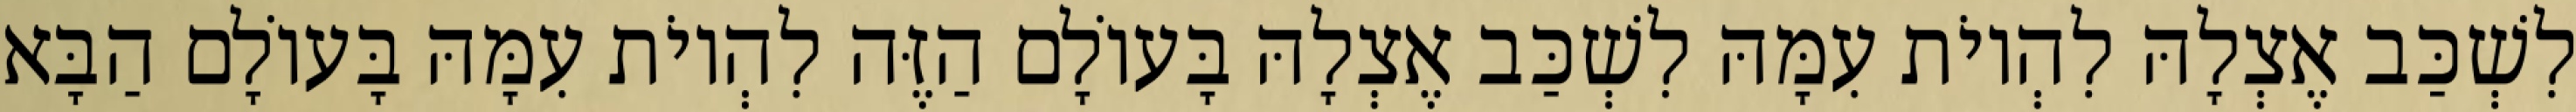
לִשְׁכַּב אֶצְלָהּ לִהְיוֹת עִמָּהּ לִשְׁכַּב אֶצְלָהּ בָּעוֹלָם הַזֶּה לִהְיוֹת עִמָּהּ בָּעוֹלָם הַבָּא